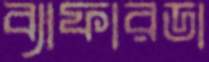
ব্যাফারডা